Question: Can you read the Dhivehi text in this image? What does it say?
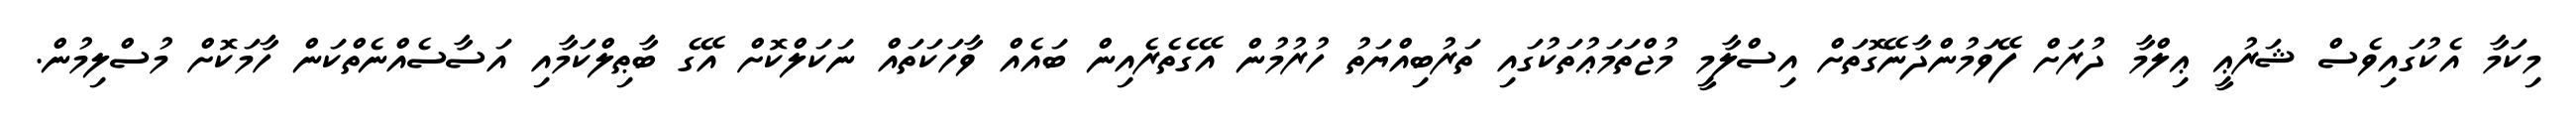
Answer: މިކަމާ އެކުގައިވެސް ޝަރުޢީ ޢިލްމާ ދުރަށް ފޭވަމުންދާނޭގޮތަށް އިސްލާމީ މުޖްތަމަޢުތަކުގައި ތަރުބިއްޔަތު ހުރުމުން އޭގެތެރެއިން ބައެއް ވާހަކަތައް ނަކަލްކޮށް އޭގެ ބާޠިލްކަމާއި އަސާސެއްނެތްކަން ހާމަކޮށް މުސްލިމުން.